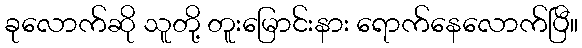
ခုလောက်ဆို သူတို့ တူးမြောင်းနား ရောက်နေလောက်ပြီ။